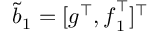
\tilde { \boldsymbol { b } } _ { 1 } = [ \boldsymbol { g } ^ { \top } , \boldsymbol { f } _ { 1 } ^ { \top } ] ^ { \top }